Lunatic asylums Central Provinces reports 1886-1894 - 1886-1894
Year: 1886
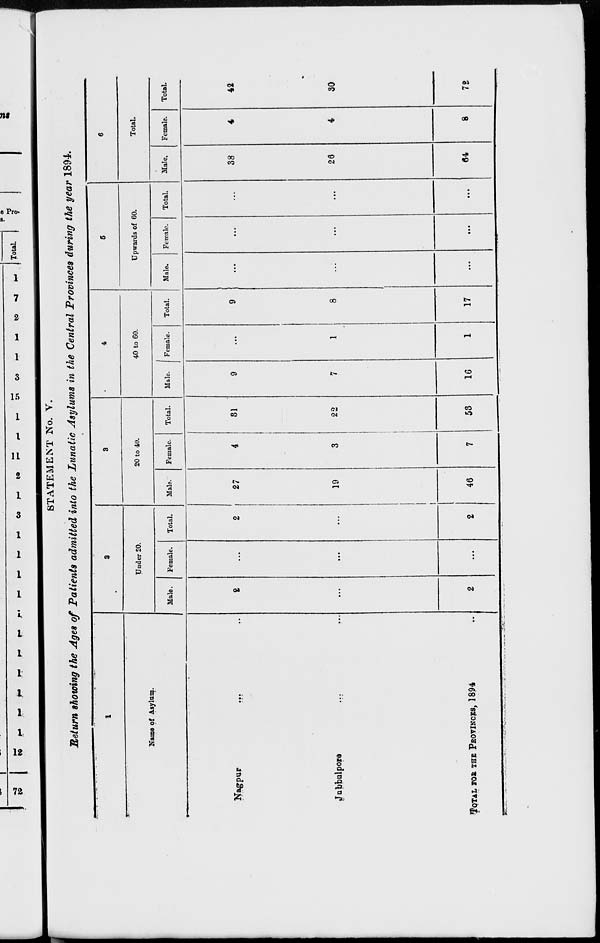
STATEMENT No. V.
Return showing the Ages of Patients admitted into the Lunatic Asylums in the Central Provinces during the year 1894.
1
Name of Asylum.
Nagpur ... ...
Jabbulpore ... ...
TOTAL FOR THE PROVINCES, 1894 ...
2
Under 20.
Male.
2
...
2
Female.
...
...
...
Total.
2
...
2
3
20 to 40.
Male.
27
19
46
Female.
4
3
7
Total.
31
22
58
4
40 to 60.
Male.
9
7
16
Female.
...
1
1
Total.
9
8
17
5
Upwards of 60.
Male.
...
...
...
Female.
...
...
...
Total.
...
...
6
Total.
Male.
38
26
64
Female.
4
4
8
Total.
42
30
72